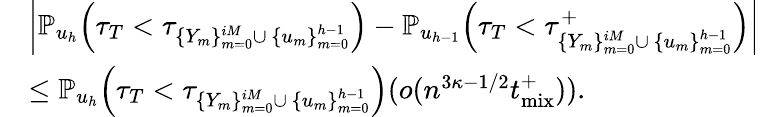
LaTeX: \begin{array}{rl}&{\left|\mathbb{P}_{u_{h}}\! \left(\tau_{T}<\tau_{\{ Y_{m}\} _{m=0}^{iM}\cup\ \{ u_{m}\} _{m=0}^{h-1}}\right)-\mathbb{P}_{u_{h-1}}\! \left(\tau_{T}<\tau_{\{ Y_{m}\} _{m=0}^{iM}\cup\ \{ u_{m}\} _{m=0}^{h-1}}^{+}\right)\right|}\\ &{\leq\mathbb{P}_{u_{h}}\! \left(\tau_{T}<\tau_{\{ Y_{m}\} _{m=0}^{iM}\cup\ \{ u_{m}\} _{m=0}^{h-1}}\right)(o(n^{3\kappa-1/2}{t_{\mathrm{mix}}^{+}})).}\end{array}